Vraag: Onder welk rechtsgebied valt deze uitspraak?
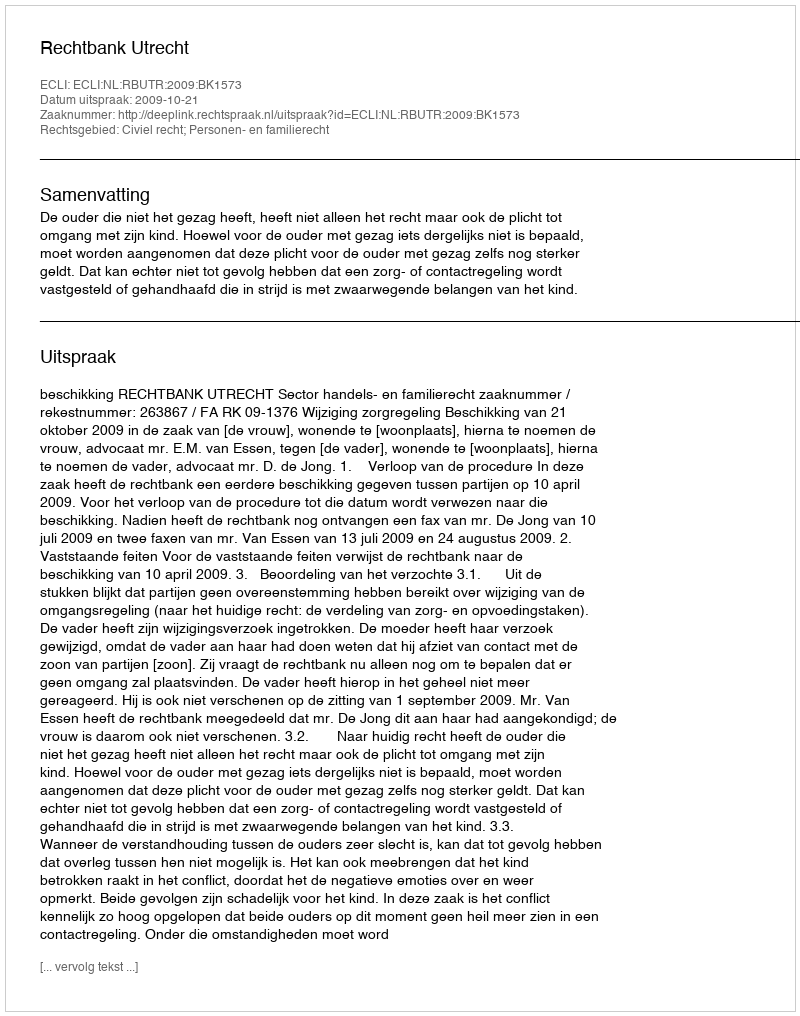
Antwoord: Civiel recht; Personen- en familierecht